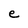
Character: e